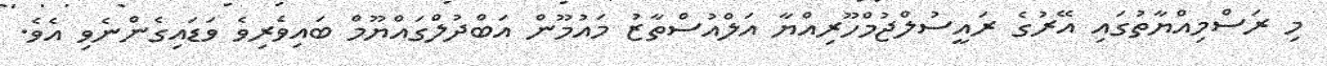
މި ރަސްމިއްޔާތުގައި އޭރުގެ ރައީސުލްޖުމްހޫރިއްޔާ އަލްއުސްތާޒު މައުމޫން އަބްދުލްގައްޔޫމް ބައިވެރިވެ ވަޑައިގެންނެވި އެވެ.